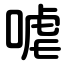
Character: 㖸